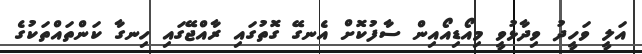
އަލީ ވަހީދު ވިދާޅުވީ މިއޯޑިއޯއިން ސާފުކޮށް އެނގޭ ގޮތުގައި ރާއްޖޭގައި ހިނގާ ކަންތައްތަކުގެ